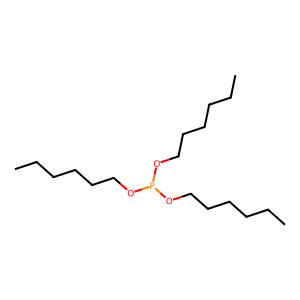
SMILES: CCCCCCOP(OCCCCCC)OCCCCCC
Inhibits HIV replication: No